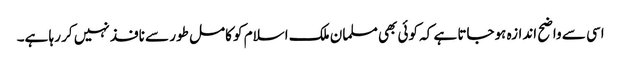
اسی سے واضح اندازہ ہوجاتا ہے کہ کوئی بھی مسلمان ملک اسلام کو کامل طور سے نافذ نہیں کر رہا ہے۔